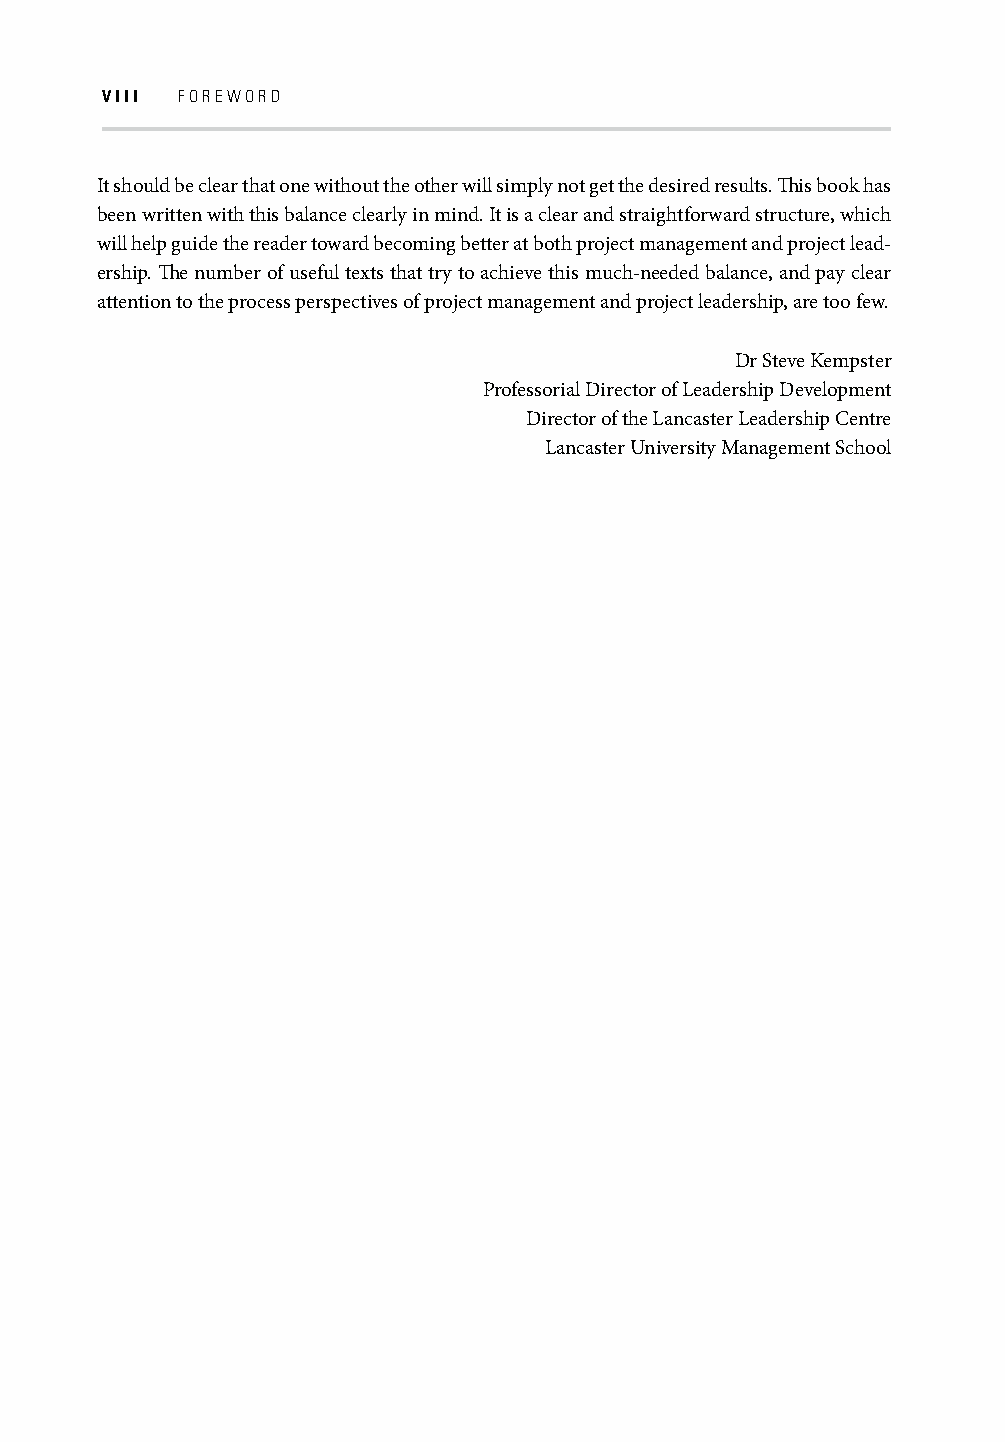
VIII FOREWORD
 It should be clear that one without the other will simply not get the desired results. Th is book has
 been written with this balance clearly in mind. It is a clear and straightforward structure, which
 will help guide the reader toward becoming better at both project management and project lead-
 ership. Th e number of useful texts that try to achieve this much-needed balance, and pay clear
 attention to the process perspectives of project management and project leadership, are too few.
 Dr Steve Kempster
 Professorial Director of Leadership Development
 Director of the Lancaster Leadership Centre
 Lancaster University Management School